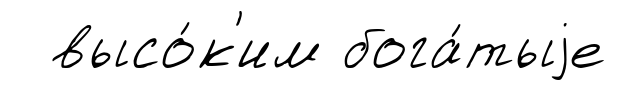
высо́к'им бога́тыjе